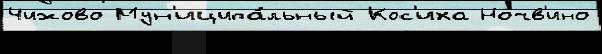
Чижово Мун'иципа́льный Кос'иха Ночв'ино